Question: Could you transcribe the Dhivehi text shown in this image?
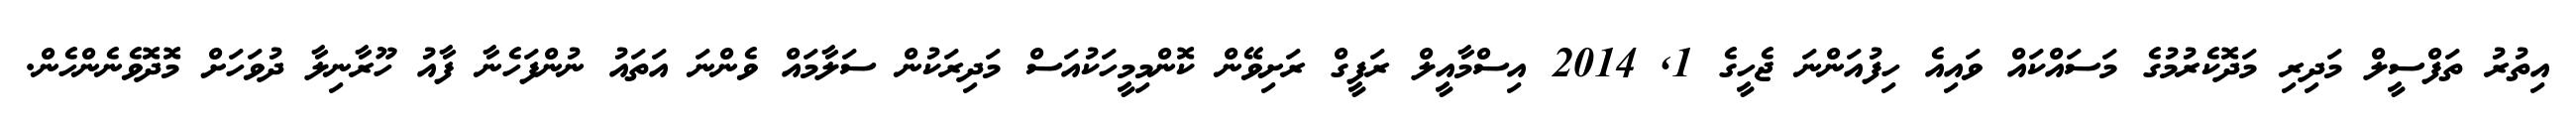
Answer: އިތުރު ތަފްސީލް މަދިރި މަދޮކެރުމުގެ މަސައްކައް ވައިއެ ހިފުއަންނަ ޖެހީގެ 1, 2014 އިސްމާއީލް ރަފީގް ރަށިވޭން ކޮންމިމީހަކުއަސް މަދިރަކުން ސަލާމައް ވެންނަ އަތައު ނުންފަހެނާ ފާއު ހޫރާނިލާ ދުވަހަށް މޮދޮވެނެންހެން.